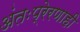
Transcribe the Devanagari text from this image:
अंतःप्रेरणाही